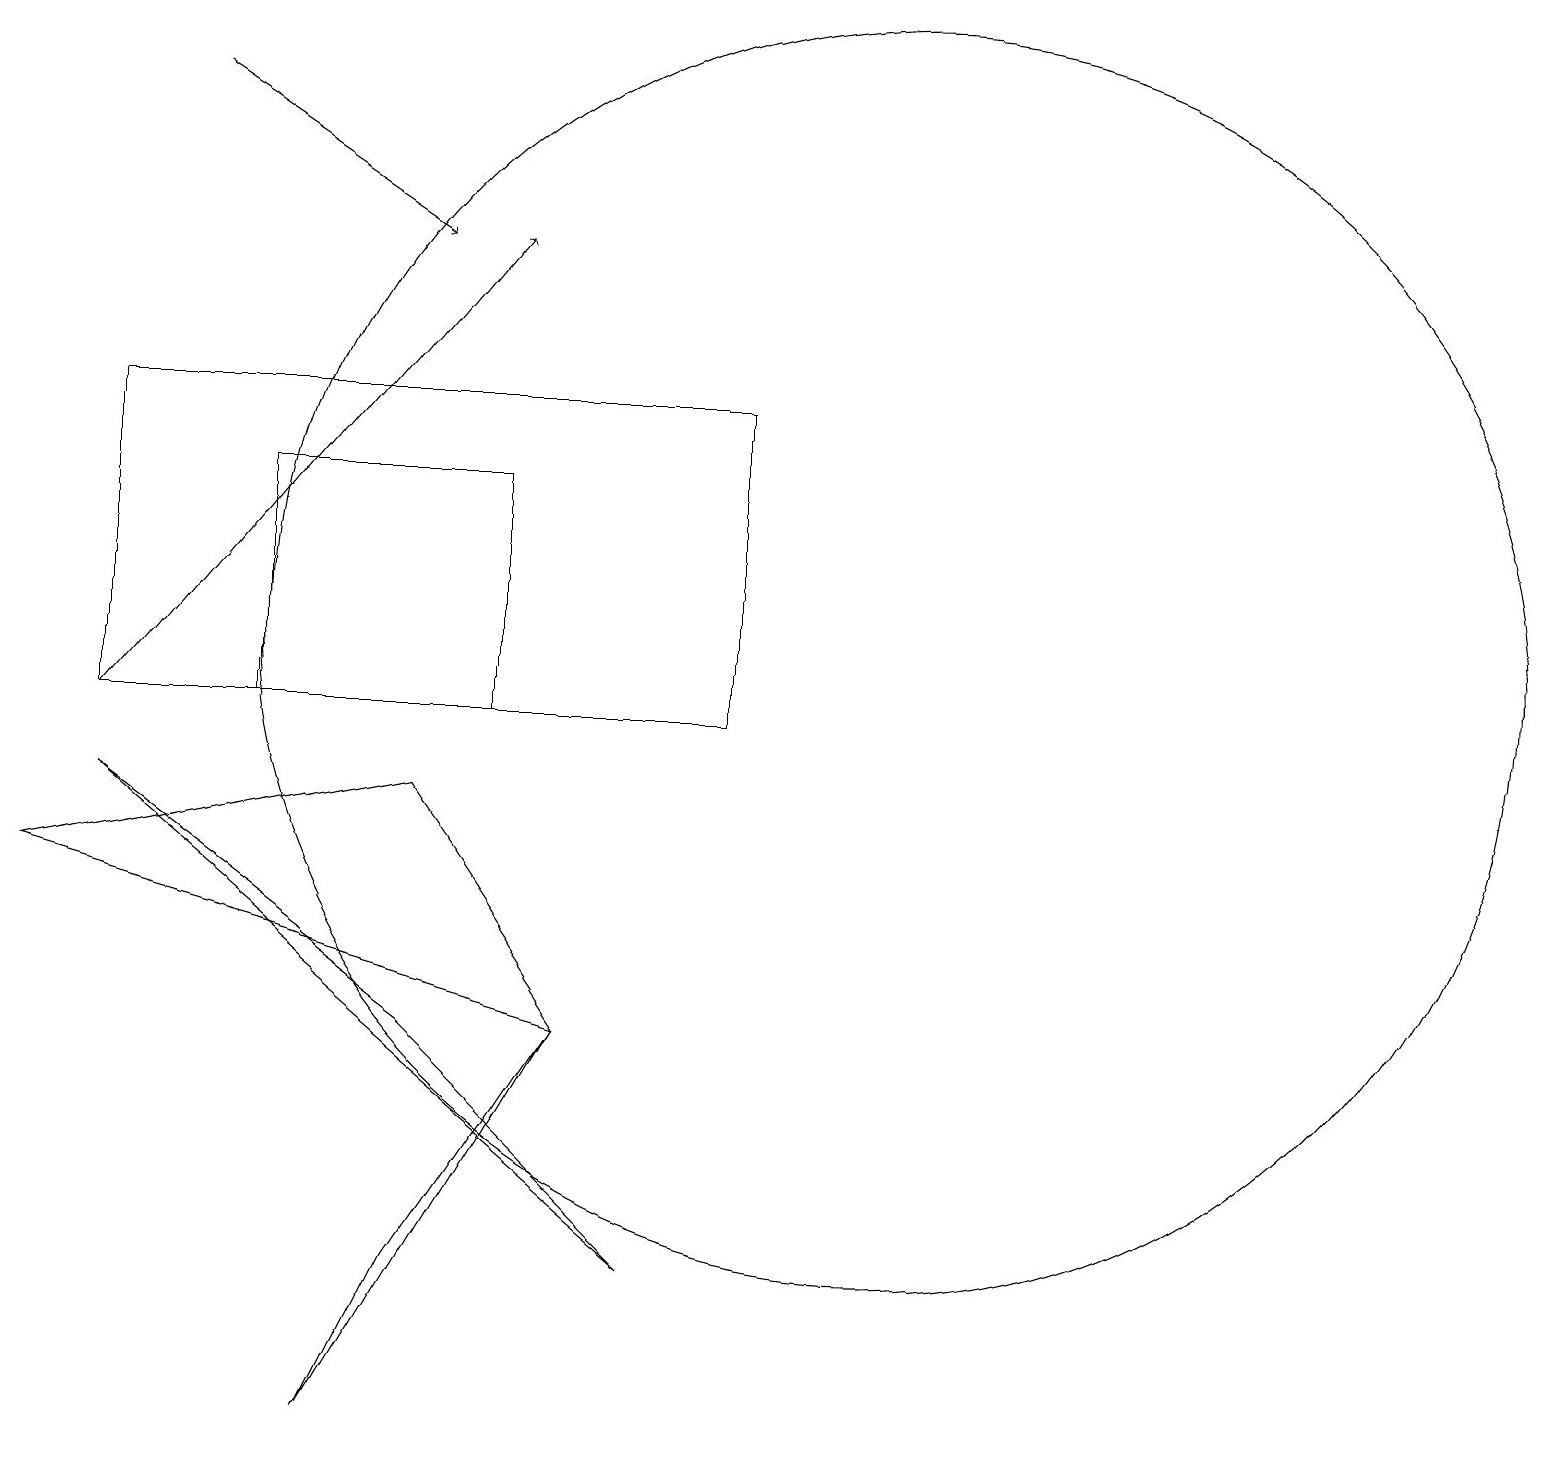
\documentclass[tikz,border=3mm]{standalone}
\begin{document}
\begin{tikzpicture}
\draw (4,1) -- (5,3) -- (7,6) -- cycle;
\draw (5,9) -- (7,6) -- (0,8) -- cycle;
\draw (11,11) circle (8);
\draw (6,10) rectangle (3,13);
\draw (1,9) -- (5,6) -- (8,3) -- cycle;
\draw[->] (1,10) -- (6,16);
\draw[->] (2,18) -- (5,16);
\draw (1,10) rectangle (9,14);
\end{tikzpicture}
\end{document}